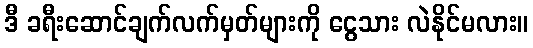
ဒီ ခရီးဆောင်ချက်လက်မှတ်များကို ငွေသား လဲနိုင်မလား။